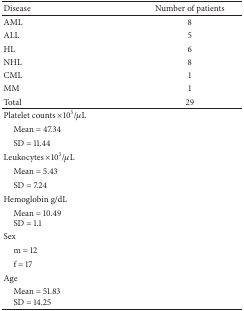
<table><thead><tr><td><b>Disease</b></td><td><b>Number of patients</b></td></tr></thead><tbody><tr><td>AML</td><td>8</td></tr><tr><td>ALL</td><td>5</td></tr><tr><td>HL</td><td>6</td></tr><tr><td>NHL</td><td>8</td></tr><tr><td>CML</td><td>1</td></tr><tr><td>MM</td><td>1</td></tr><tr><td>Total</td><td>29</td></tr><tr><td>Platelet counts ×10<sup>3</sup>/<i>μ</i>L</td><td> </td></tr><tr><td> Mean = 47.34</td><td> </td></tr><tr><td> SD = 11.44</td><td> </td></tr><tr><td>Leukocytes ×10<sup>3</sup>/μL</td><td> </td></tr><tr><td> Mean = 5.43</td><td> </td></tr><tr><td> SD = 7.24</td><td> </td></tr><tr><td>Hemoglobin g/dL</td><td> </td></tr><tr><td> Mean = 10.49SD = 1.1</td><td> </td></tr><tr><td>Sex</td><td> </td></tr><tr><td> m = 12</td><td> </td></tr><tr><td> f = 17</td><td> </td></tr><tr><td>Age</td><td> </td></tr><tr><td> Mean = 51.83 SD = 14.25</td><td> </td></tr></tbody></table>